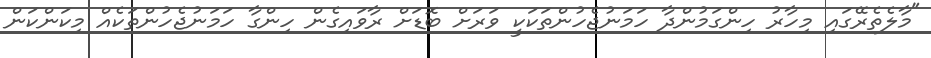
"މާލެތެރޭގައި މިހާރު ހިންގަމުންދާ ހަމަނުޖެހުންތަކަކީ ވަރަށް ބޮޑަށް ރާވައިގެން ހިންގާ ހަމަނުޖެހުންތަކެއް މިކަންކަން